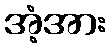
အံ့အား